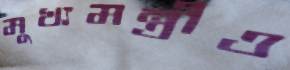
মুখ্যমন্ত্রীও